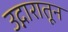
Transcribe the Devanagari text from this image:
उद्गारातून